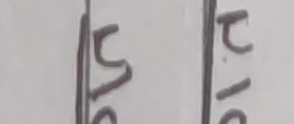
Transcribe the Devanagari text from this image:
१०